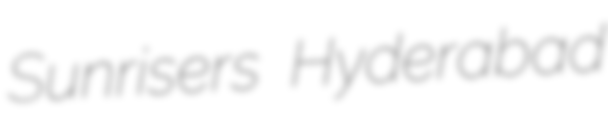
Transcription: Sunrisers Hyderabad